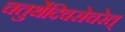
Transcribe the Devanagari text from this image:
चतुर्थेदिवसेचरेत्